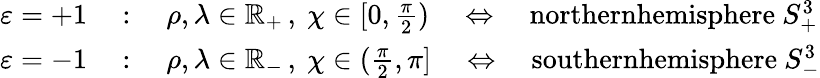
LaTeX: \begin{array}{rl}{\varepsilon=+1\ }&{:\quad\rho,\lambda\in\mathbb{R}_{+}\, ,\ \chi\in[0,\frac{\pi}{2})\quad\Leftrightarrow\quad\textrm{northernhemisphere}\ S_{+}^{3}}\\ {\varepsilon=-1\ }&{:\quad\rho,\lambda\in\mathbb{R}_{-}\, ,\ \chi\in(\frac{\pi}{2},\pi]\quad\Leftrightarrow\quad\textrm{southernhemisphere}\ S_{-}^{3}}\end{array}